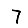
Digit: 7